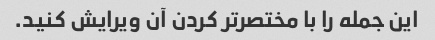
این جمله را با مختصرتر کردن آن ویرایش کنید.